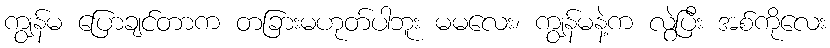
ကျွန်မ ပြောချင်တာက တခြားမဟုတ်ပါဘူး မမလေး၊ ကျွန်မနဲ့က လွဲပြီး အစ်ကိုလေး